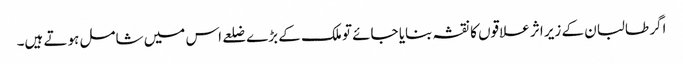
اگر طالبان کے زیر اثر علاقوں کا نقشہ بنایا جائے تو ملک کے بڑے ضلعے اس میں شامل ہوتے ہیں۔